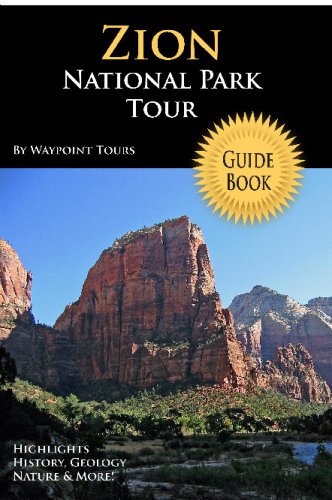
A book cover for Zion National Park Tour Guide: Your Personal Tour Guide For Zion Travel Adventure!; Waypoint Tours; Travel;